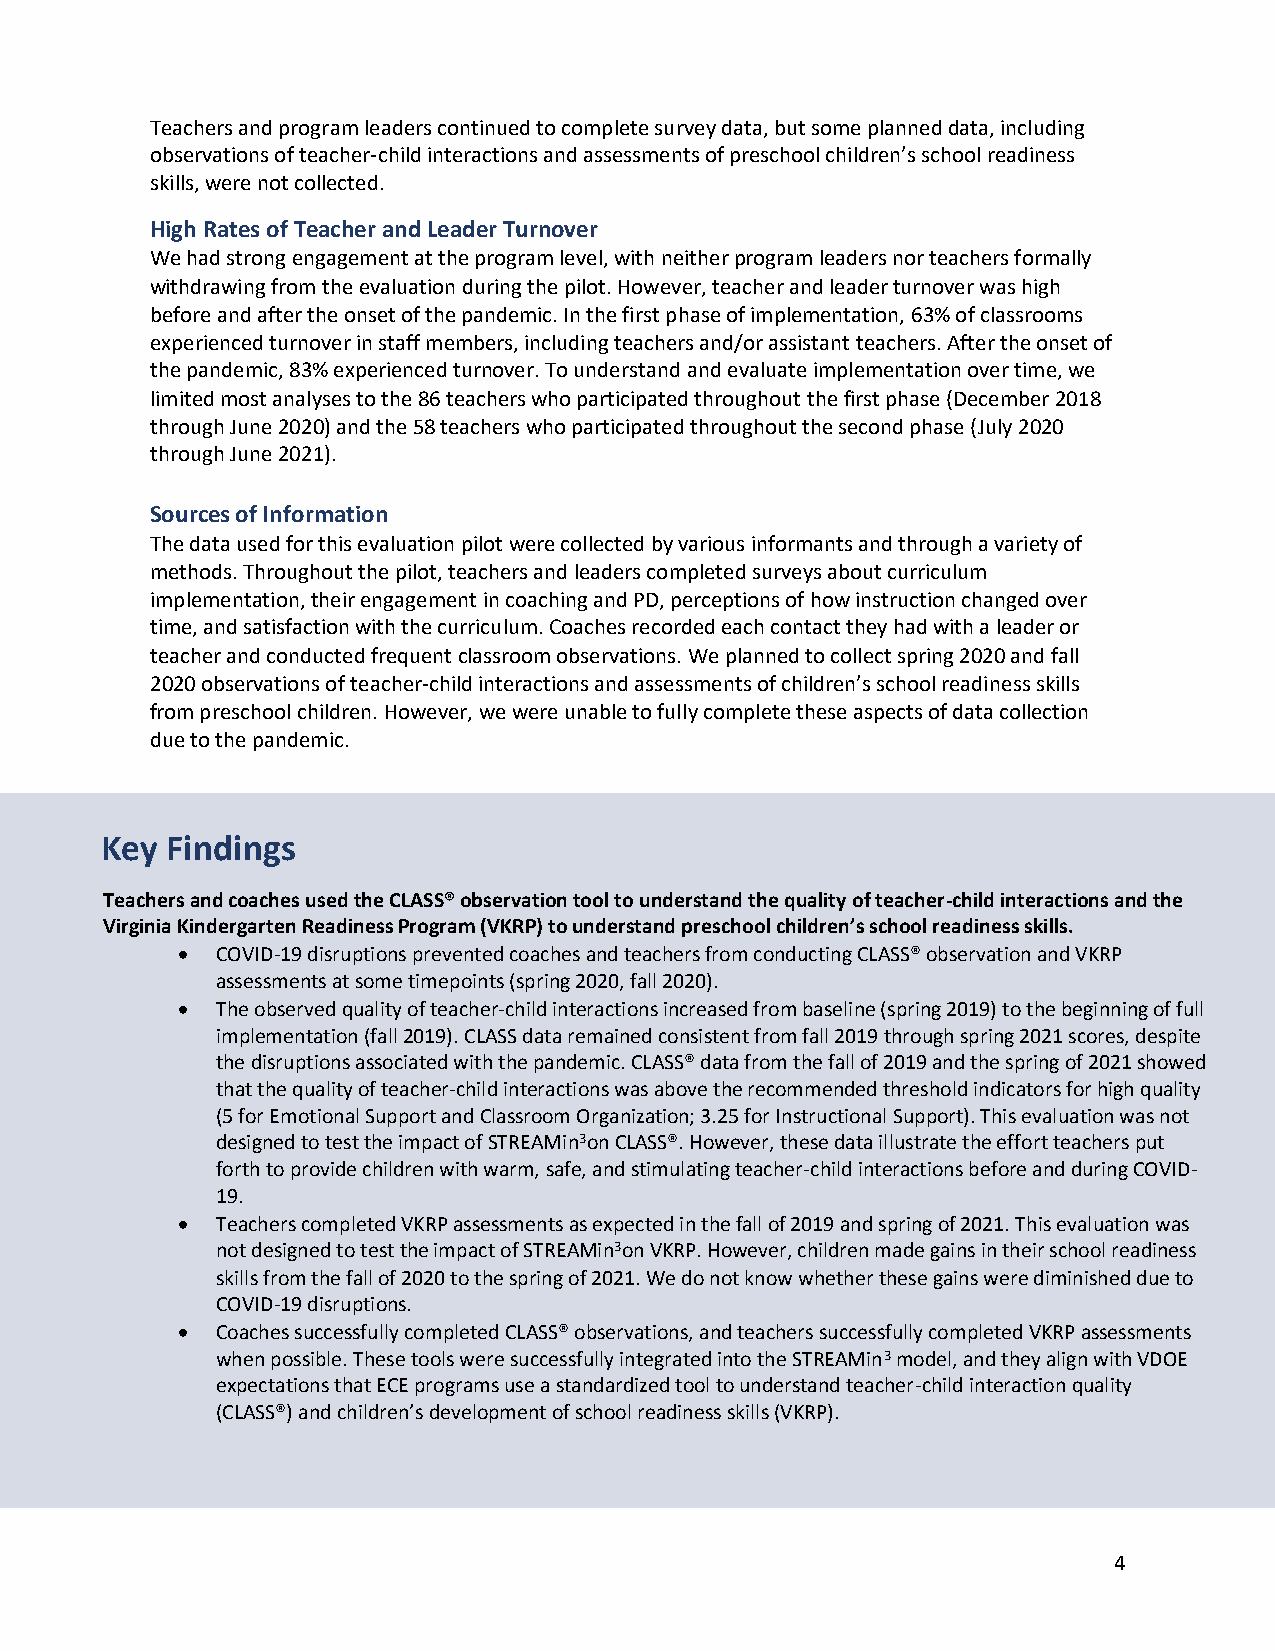
Teachers and program leaders continued to complete survey data, but some planned data, including
 observations of teacher-child interactions and assessments of preschool children’s school readiness
 skills, were not collected.
 High Rates of Teacher and Leader Turnover
 We had strong engagement at the program level, with neither program leaders nor teachers formally
 withdrawing from the evaluation during the pilot. However, teacher and leader turnover was high
 before and after the onset of the pandemic. In the first phase of implementation, 63% of classrooms
 experienced turnover in staff members, including teachers and/or assistant teachers. After the onset of
 the pandemic, 83% experienced turnover. To understand and evaluate implementation over time, we
 limited most analyses to the 86 teachers who participated throughout the first phase (December 2018
 through June 2020) and the 58 teachers who participated throughout the second phase (July 2020
 through June 2021).
 Sources of Information
 The data used for this evaluation pilot were collected by various informants and through a variety of
 methods. Throughout the pilot, teachers and leaders completed surveys about curriculum
 implementation, their engagement in coaching and PD, perceptions of how instruction changed over
 time, and satisfaction with the curriculum. Coaches recorded each contact they had with a leader or
 teacher and conducted frequent classroom observations. We planned to collect spring 2020 and fall
 2020 observations of teacher-child interactions and assessments of children’s school readiness skills
 from preschool children. However, we were unable to fully complete these aspects of data collection
 due to the pandemic.
 Key Findings
 Teachers and coaches used the CLASS® observation tool to understand the quality of teacher-child interactions and the
 Virginia Kindergarten Readiness Program (VKRP) to understand preschool children’s school readiness skills.
 • COVID-19 disruptions prevented coaches and teachers from conducting CLASS® observation and VKRP
 assessments at some timepoints (spring 2020, fall 2020).
 • The observed quality of teacher-child interactions increased from baseline (spring 2019) to the beginning of full
 implementation (fall 2019). CLASS data remained consistent from fall 2019 through spring 2021 scores, despite
 the disruptions associated with the pandemic. CLASS® data from the fall of 2019 and the spring of 2021 showed
 that the quality of teacher-child interactions was above the recommended threshold indicators for high quality
 (5 for Emotional Support and Classroom Organization; 3.25 for Instructional Support). This evaluation was not
 designed to test the impact of STREAMin3on CLASS®. However, these data illustrate the effort teachers put
 forth to provide children with warm, safe, and stimulating teacher-child interactions before and during COVID-
 19.
 • Teachers completed VKRP assessments as expected in the fall of 2019 and spring of 2021. This evaluation was
 not designed to test the impact of STREAMin3on VKRP. However, children made gains in their school readiness
 skills from the fall of 2020 to the spring of 2021. We do not know whether these gains were diminished due to
 COVID-19 disruptions.
 • Coaches successfully completed CLASS® observations, and teachers successfully completed VKRP assessments
 when possible. These tools were successfully integrated into the STREAMin3 model, and they align with VDOE
 expectations that ECE programs use a standardized tool to understand teacher-child interaction quality
 (CLASS®) and children’s development of school readiness skills (VKRP).
 4